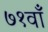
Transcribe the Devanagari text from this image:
७१वाँ